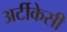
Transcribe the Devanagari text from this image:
अर्टीकेसी